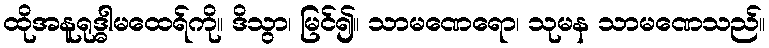
ထိုအနူရုဒ္ဓါမထေရ်ကို။ ဒိသွာ၊ မြင်၍။ သာမဏေရော၊ သုမန သာမဏေသည်။